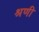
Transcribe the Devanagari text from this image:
श्रणी